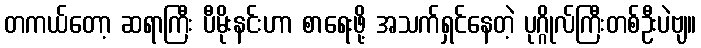
တကယ်တော့ ဆရာကြီး ပီမိုးနင်းဟာ စာရေးဖို့ အသက်ရှင်နေတဲ့ ပုဂ္ဂိုလ်ကြီးတစ်ဦးပဲဗျ။